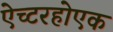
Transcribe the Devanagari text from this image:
ऐच्टरहोएक